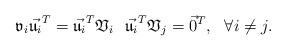
LaTeX: \begin{align*}\mathfrak v_i\vec{\mathfrak u_i}^T = \vec{\mathfrak u_i}^T\mathfrak V_i\ \ \vec{\mathfrak u_i}^T\mathfrak V_j = \vec 0^T, \ \ \forall i\neq j.\end{align*}